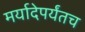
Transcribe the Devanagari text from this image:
मर्यादेपर्यंतच